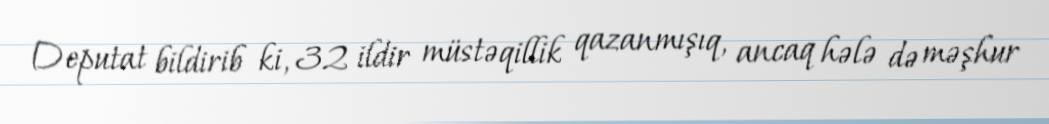
Deputat bildirib ki, 32 ildir müstəqillik qazanmışıq, ancaq hələ də məşhur